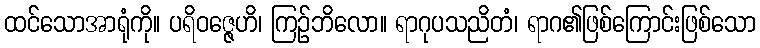
ထင်သောအာရုံကို။ ပရိဝဇ္ဇေဟိ၊ ကြဉ်ဘိလော။ ရာဂုပသညိတံ၊ ရာဂ၏ဖြစ်ကြောင်းဖြစ်သော